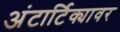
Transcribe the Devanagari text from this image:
अंटार्टिक्यावर